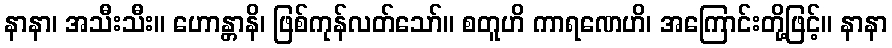
နာနာ၊ အသီးသီး။ ဟောန္တာနိ၊ ဖြစ်ကုန်လတ်သော်။ စတူဟိ ကာရဏေဟိ၊ အကြောင်းတို့ဖြင့်။ နာနာ